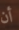
أن